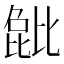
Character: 𬆺